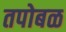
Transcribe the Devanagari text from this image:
तपोबळ